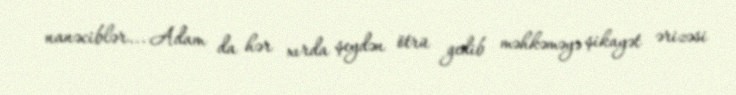
nanəciblər... Adam da hər xırda şeydən ötrü gedib məhkəməyə şikayət ərizəsi